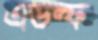
এডল্ফ